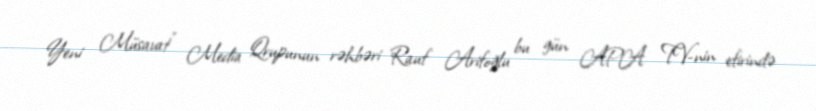
Yeni Müsavat" Media Qrupunun rəhbəri Rauf Arifoğlu bu gün APA TV-nin efirində